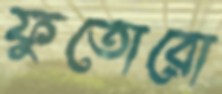
ফুতোরো